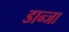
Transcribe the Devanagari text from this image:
डान्जा